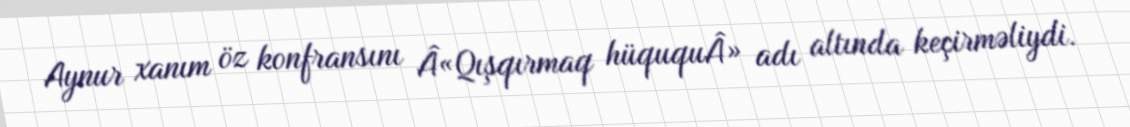
Aynur xanım öz konfransını Â«Qışqırmaq hüququÂ» adı altında keçirməliydi.